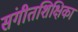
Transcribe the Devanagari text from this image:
संगीतशिक्षिका